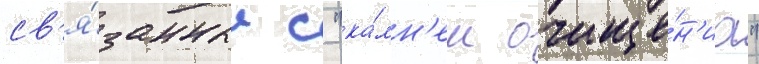
св'я́занные с "ка́мн'ем очище́н'иа"